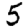
Digit: 5